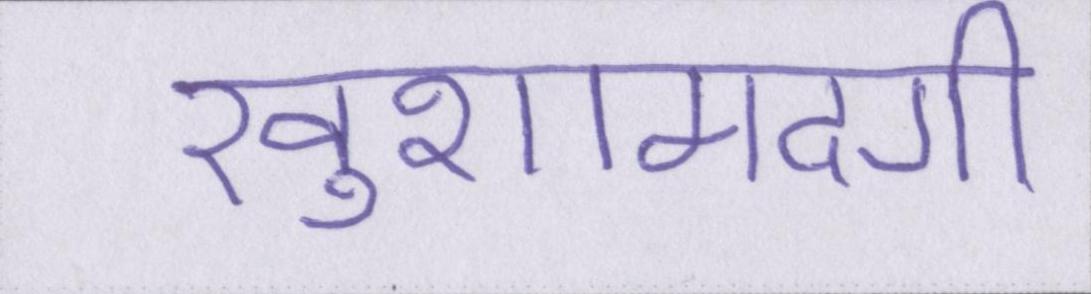
खुशामदगी